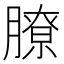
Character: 膫